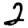
Digit: 2